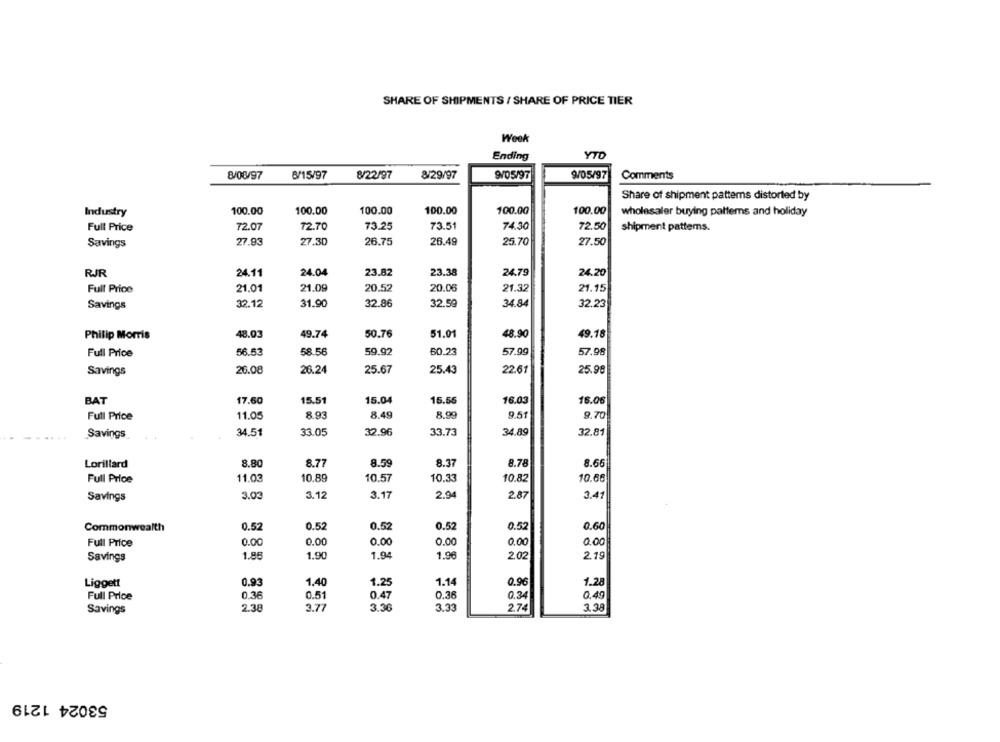
SHARE OF SHIPMENTS / SHARE OF PRICE TIER
Week
Ending
YTD
8/08/97
6/15/97
8/22/97
8/29/97
9/05/97
9/05/97
Comments
Share of shipment patterns distorted by
Industry
100.00
100.00
100.00
100.00
100.00
100.00
wholesaler buying patterns and holiday
Full Price
72.07
72.70
73.25
73.51
74.30
72.50
shipment pattems.
Savings
27.93
27.30
26.75
26.49
25.70
27.50
RJR
24.11
24.04
23.82
23.38
24.79
24.20
Full Price
21.01
21.09
20.52
20.06
21.32
21.15
32.12
31.90
32.86
32.59
34.84
32.23
Savings
48.03
50.76
51.01
48.90
Philip Morris
49.74
49.18
Full Price
56.53
58.56
59.92
60.23
57.99
57.98
Savings
26.08
26.24
25.67
25.43
22.61
25.98
BAT
17.60
15.51
15.04
15.56
16.03
16.06
Full Price
11.05
8.93
8.49
8.99
9.51
9.70
Savings
34.51
33.05
32.96
33.73
34.89
32.81
Lorillard
8.80
8.77
8.59
8.37
8.78
8.66
Full Price
11.03
10.89
10.57
10.33
10.82
10.66
Savings
3.03
3.12
3.17
2.94
2.87
3.41
Commonwealth
0.52
0.52
0.52
0.52
0.52
0.60
Full Price
0.00
0.00
0.00
0.00
0.00
0.00
Savings
1.86
1.90
1.94
1.96
2.02
2.19
Liggett
0.93
1.40
1.25
1.14
0.96
1.28
0.36
0.51
0.47
0.36
0.34
Full Price
0.49
Savings
2.38
3.77
3.36
3.33
274
3.38
53024 1219